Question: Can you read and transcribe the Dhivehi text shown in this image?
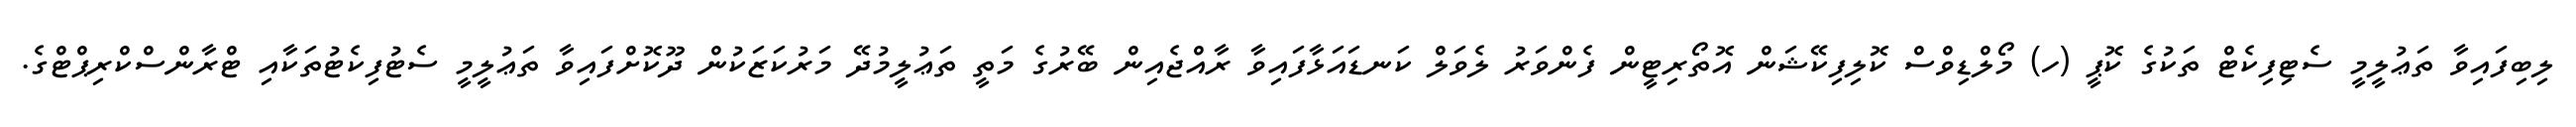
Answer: ލިބިފައިވާ ތަޢުލީމީ ސެޓިފިކެޓް ތަކުގެ ކޮޕީ (ހ) މޯލްޑިވްސް ކޮލިފިކޭޝަން އޮތޯރިޓީން ފެންވަރު ލެވަލް ކަނޑައަޅާފައިވާ ރާއްޖެއިން ބޭރުގެ މަތީ ތަޢުލީމުދޭ މަރުކަޒަކުން ދޫކޮށްފައިވާ ތަޢުލީމީ ސެޓުފިކެޓުތަކާއި ޓްރާންސްކްރިޕްޓްގެ.